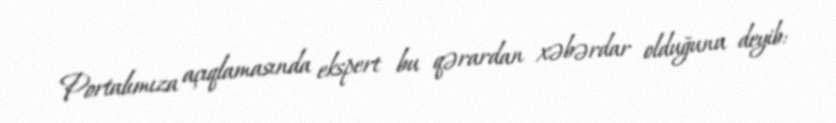
Portalımıza açıqlamasında ekspert bu qərardan xəbərdar olduğunu deyib: